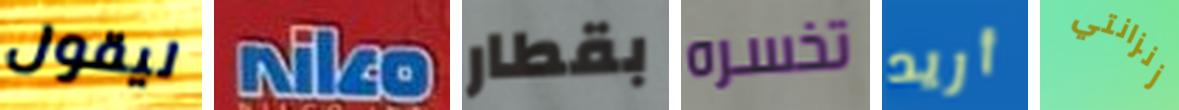
ليقول Niko بقطار تخسره أريد زنزانتي